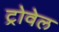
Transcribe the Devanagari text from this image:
ट्रोवेल